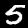
Label: 5